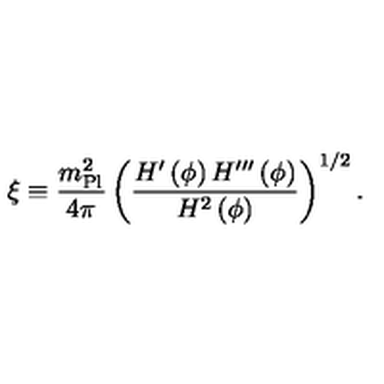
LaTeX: \xi \equiv { \frac { m _ { \mathrm { P l } } ^ { 2 } } { 4 \pi } } \left( { \frac { H ^ { \prime } \left( \phi \right) H ^ { \prime \prime \prime } \left( \phi \right) } { H ^ { 2 } \left( \phi \right) } } \right) ^ { 1 / 2 } .